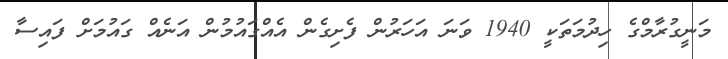
މަނީގުރާމްގެ ހިދުމަތަކީ 1940 ވަނަ އަހަރުން ފެށިގެން އެއްގައުމުން އަނެއް ގައުމަށް ފައިސާ